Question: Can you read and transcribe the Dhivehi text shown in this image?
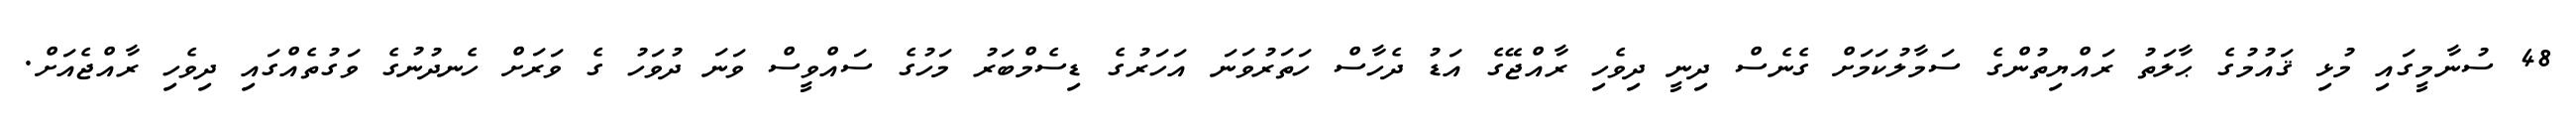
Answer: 48 ސުނާމީގައި މުޅި ޤައުމުގެ ޙާލަތު ރައްޔިތުންގެ ސަމާލުކަމަށް ގެނެސް ދިނީ ދިވެހި ރާއްޖޭގެ އަޑު ދެހާސް ހަތަރުވަނަ އަހަރުގެ ޑިސެމްބަރު މަހުގެ ސައްވީސް ވަނަ ދުވަހު ގެ ވަރަށް ހެނދުނުގެ ވަގުތެއްގައި ދިވެހި ރާއްޖެއަށް.